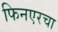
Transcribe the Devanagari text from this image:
फिनएरचा